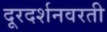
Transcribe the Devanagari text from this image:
दूरदर्शनवरती